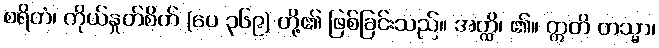
စရိတံ၊ ကိုယ်နှုတ်စိတ် (ပေ ၃၆၉) တို့၏ ဖြစ်ခြင်းသည်။ အတ္ထိ၊ ၏။ ဣတိ တသ္မာ၊